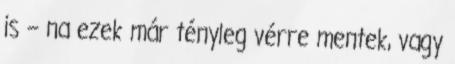
is – na ezek már tényleg vérre mentek, vagy